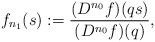
LaTeX: \begin{align*} f_{n_1}(s):=\frac{(D^{n_0}f)(qs)}{(D^{n_0}f)(q)},\end{align*}